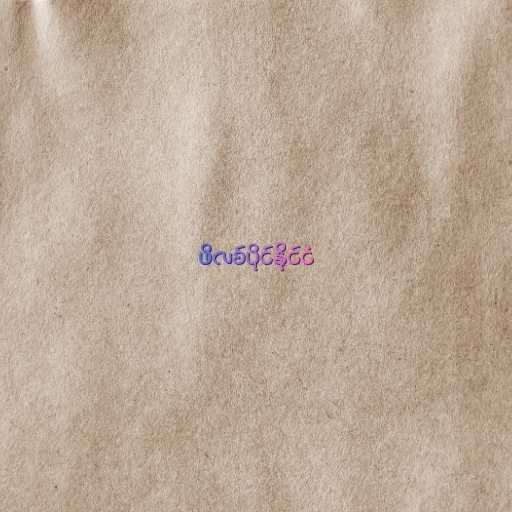
ဖိလစ်ပိုင်နိုင်ငံ